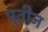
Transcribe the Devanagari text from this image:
पुतीन